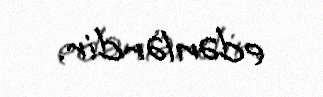
edənlərdir.